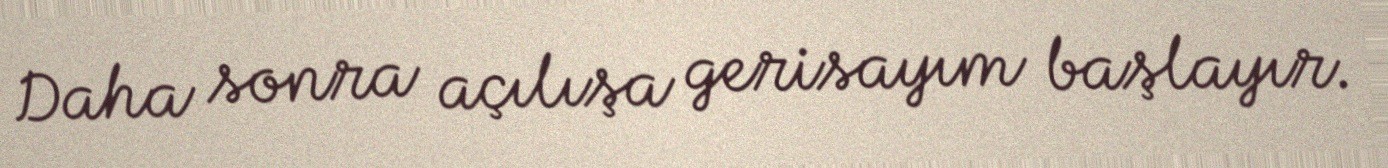
Daha sonra açılışa gerisayım başlayır.